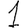
Digit: 1